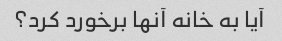
آیا به خانه آنها برخورد کرد؟